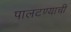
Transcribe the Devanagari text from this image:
पालटण्याची